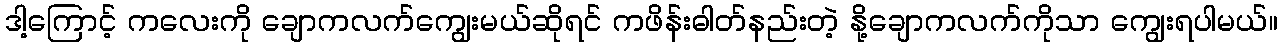
ဒါ့ကြောင့် ကလေးကို ချောကလက်ကျွေးမယ်ဆိုရင် ကဖိန်းဓါတ်နည်းတဲ့ နို့ချောကလက်ကိုသာ ကျွေးရပါမယ်။